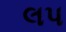
લપ